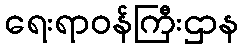
ရေးရာဝန်ကြီးဌာန